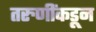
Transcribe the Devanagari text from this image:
तरुणींकडून